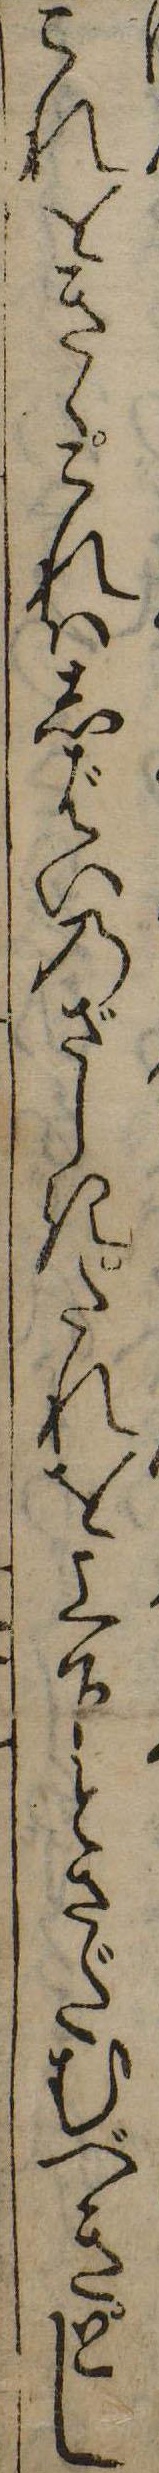
これをきゝこれはしばいのざしきたれを上下とさだむべきとし